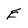
Character: E